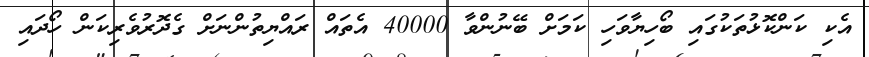
އެކި ކަންކޮޅުތަކުގައި ބޯހިޔާވަހި ކަމަށް ބޭނުންވާ 40000 އެތައް ރައްޔިތުންނަށް ގެދޮރުވެރިކަން ހޯދައި